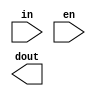
/*--  *******************************************************
--  Computer Architecture Course, Laboratory Sources 
--  Amirkabir University of Technology (Tehran Polytechnic)
--  Department of Computer Engineering (CE-AUT)
--  https://ce[dot]aut[dot]ac[dot]ir
--  *******************************************************
--  All Rights reserved (C) 2019-2020
--  *******************************************************
--  Student ID  : 
--  Student Name: 
--  Student Mail: 
--  *******************************************************
--  Additional Comments:
--
--*/

/*-----------------------------------------------------------
---  Module Name: Decoder 2 to 4 Gate Level
---  Description: Lab 05 Part 1
-----------------------------------------------------------*/
`timescale 1 ns/1 ns

module decoder2x4 (
	input [1:0] in ,
	input en ,
	output [3:0] dout
);
	/* write your code here */
	
	/* write your code here */

endmodule